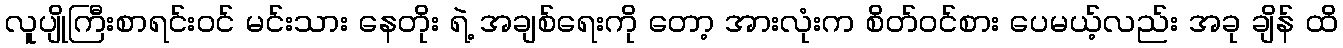
လူပျိုကြီးစာရင်းဝင် မင်းသား နေတိုး ရဲ့ အချစ်ရေးကို တော့ အားလုံးက စိတ်ဝင်စား ပေမယ့်လည်း အခု ချိန် ထိ